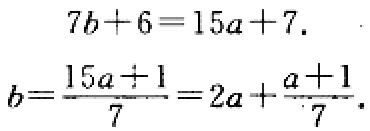
\[
\begin{align*}
7b + 6&=15a + 7\\
b&=\frac{15a + 1}{7}=2a+\frac{a + 1}{7}
\end{align*}
\]